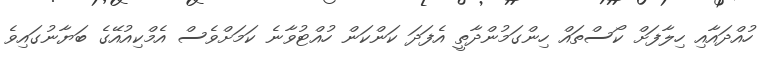
ހުއްދައާއި ހިލާފަށް ކޯސްތައް ހިންގަމުންދާތީ އެފަދަ ކަންކަން ހުއްޓުވާނެ ކަމަށްވެސް އެމްކިއުއޭގެ ބަޔާނުގައިވެ